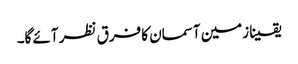
یقینا زمین آسمان کا فرق نظر آئے گا۔